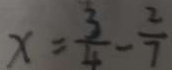
x = \frac { 3 } { 4 } - \frac { 2 } { 7 }